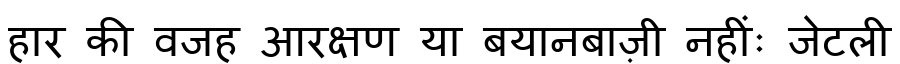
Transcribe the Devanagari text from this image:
हार की वजह आरक्षण या बयानबाज़ी नहींः जेटली